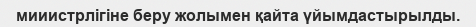
мииистрлігіне беру жолымен қайта үйымдастырылды.